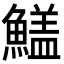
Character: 𩺻